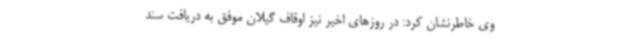
وی خاطرنشان کرد: در روزهای اخیر نیز اوقاف گیلان موفق به دریافت سند